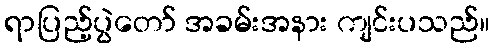
ရာပြည့်ပွဲတော် အခမ်းအနား ကျင်းပသည်။